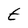
Character: t